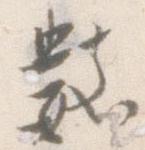
数